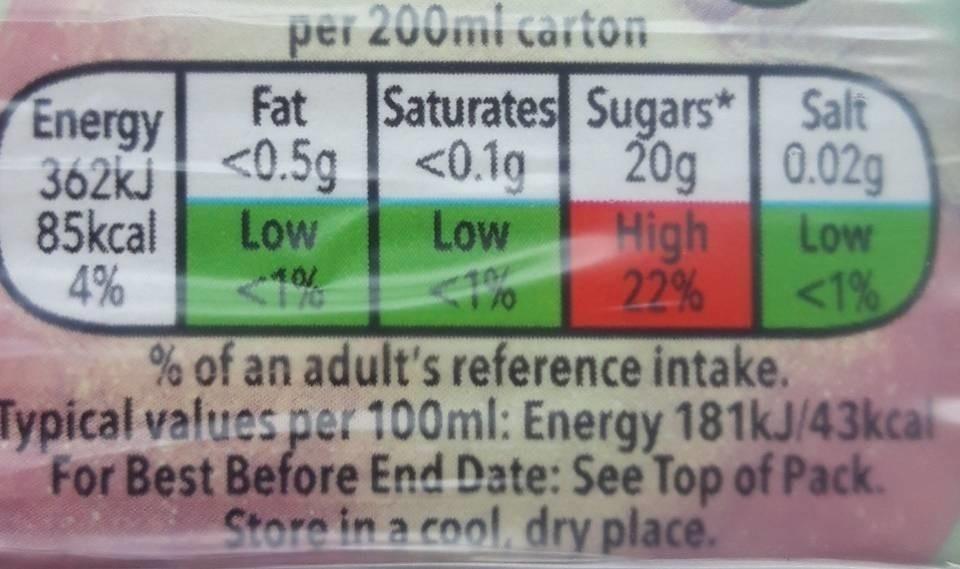
per 200ml carton
Saturates Sugars
20g
Fat
Energy
362kJ <0.5g <0.1g
85kcal Low
Low
10/
4%
High
22%
Salt
0.02g
Low
<1%
% of an adult's reference intake.
Typical values per 100ml: Energy 181kJ/43kcal For Best Before End Date: See Top of Pack. Store in a cool, dry place.